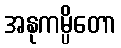
အနုကမ္ပိတော